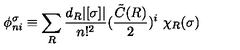
\phi _ { n i } ^ { \sigma } \equiv \sum _ { R } \frac { d _ { R } | [ \sigma ] | } { n ! ^ { 2 } } ( \frac { { \tilde { C } } ( R ) } { 2 } ) ^ { i } \ \chi _ { R } ( \sigma )